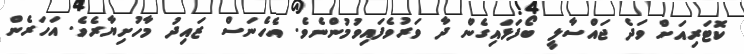
ކޮޓަރިއަށް ވަދެ ޖައްސާލީ ބޯފަޅައިގެން ދާ ވަރުވެފައިވުމުންނެވެ. އެހެނަސް ޒައިދު މާހުށިޔާރެވެ. އަހަރެން